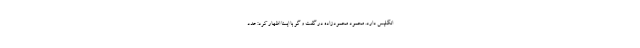
انگلیس دارد. محمود محمودزاده در گفت و گو با ایسنا اظهار کرد: عدد